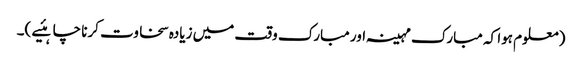
(معلوم ہوا کہ مبارک مہینہ اور مبارک وقت میں زیادہ سخاوت کرنا چاہئیے )۔